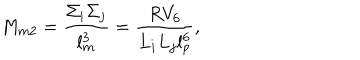
M _ { m 2 } = { \frac { \Sigma _ { i } \Sigma _ { j } } { l _ { m } ^ { 3 } } } = { \frac { R V _ { 6 } } { L _ { i } L _ { j } l _ { p } ^ { 6 } } } ,